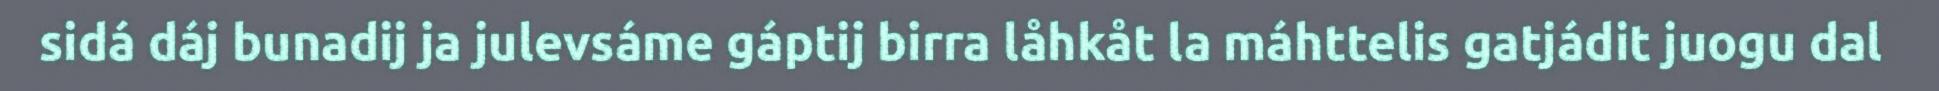
sidá dáj bunadij ja julevsáme gáptij birra låhkåt la máhttelis gatjádit juogu dal